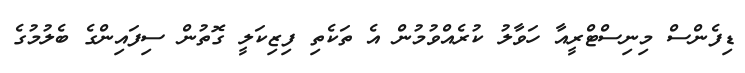
ޑިފެންސް މިނިސްޓްރީއާ ހަވާލު ކުރެއްވުމުން އެ ތަކެތި ފިޒިކަލީ ގޮތުން ސިފައިންގެ ބެލުމުގެ